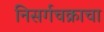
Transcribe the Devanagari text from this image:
निसर्गचक्राचा